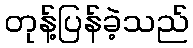
တုန့်ပြန်ခဲ့သည်